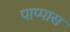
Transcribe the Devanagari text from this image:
पाप्पास